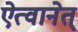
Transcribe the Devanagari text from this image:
ऐत्वानेत्